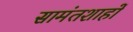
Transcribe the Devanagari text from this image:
सामंतशाहों